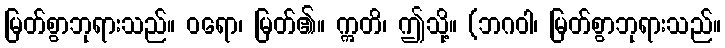
မြတ်စွာဘုရားသည်။ ဝရော၊ မြတ်၏။ ဣတိ၊ ဤသို့။ (ဘဂဝါ၊ မြတ်စွာဘုရားသည်။